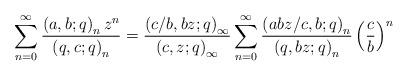
LaTeX: \begin{align*}\sum_{n=0}^{\infty}\frac{\left(a,b;q\right)_{n}z^{n}}{\left(q,c;q\right)_{n}}=\frac{\left(c/b,bz;q\right)_{\infty}}{\left(c,z;q\right)_{\infty}}\sum_{n=0}^{\infty}\frac{\left(abz/c,b;q\right)_{n}}{\left(q,bz;q\right)_{n}}\left(\frac{c}{b}\right)^{n}\end{align*}